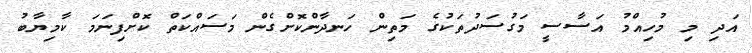
އަދި މި މުހިއްމު އަސާސީ މަގުސަދުތަކުގެ މަތިން ހަނދާންކޮށްގެން މަސައްކަތް ކޮށްފިނަމަ ކާމިޔާބު